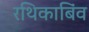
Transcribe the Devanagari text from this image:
रथिकाबिंव